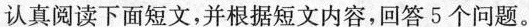
认真阅读下面短文,并根据短文内容,回答5个问题。